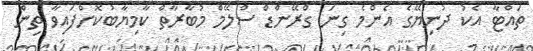
ތައްޓާ އެކު ދުނިޔޭގެ އެންމެ ގިނަ ގްރޭންޑް ސްލޭމް މުބާރާތް ކާމިޔާބުކޮށްފައިވާ ތިން